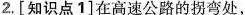
2.[知识点1]在高速公路的拐弯处，